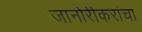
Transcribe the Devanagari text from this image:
जानोरीकरांचा